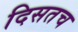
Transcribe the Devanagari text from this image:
दिसतच